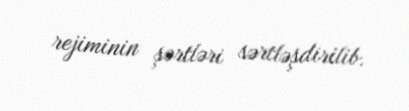
rejiminin şərtləri sərtləşdirilib.